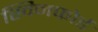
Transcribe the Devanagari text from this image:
स्विनफोर्ड